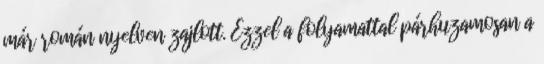
már román nyelven zajlott. Ezzel a folyamattal párhuzamosan a